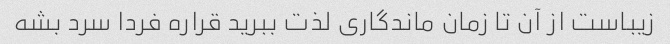
زیباست از آن تا زمان ماندگاری لذت ببرید قراره فردا سرد بشه